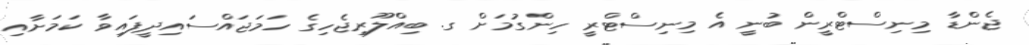
ޖެންޑާ މިނިސްޓްރީން ބުނީ އެ މިނިސްޓްރީ ހިންގުމަށް ގ. ބިއްލޫރިޖެހިގެ ހަމަޖައްސައިދީފައިވާ ކަަމަށާއި